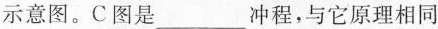
示意图。C图是___冲程，与它原理相同